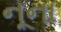
નૂના